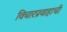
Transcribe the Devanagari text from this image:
विचारप्रवाहाची